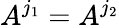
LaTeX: A^{j_{1}}=A^{j_{2}}